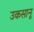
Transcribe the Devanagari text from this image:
उकसानू